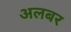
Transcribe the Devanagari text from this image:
अलबर